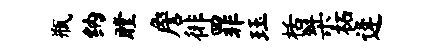
瓶纳瞠詹徘罪珏栝桀柘逄